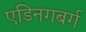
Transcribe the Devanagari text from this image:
एडिनगबर्ग